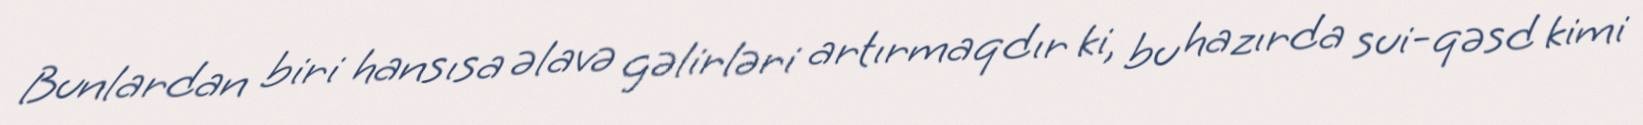
Bunlardan biri hansısa əlavə gəlirləri artırmaqdır ki, bu hazırda sui-qəsd kimi